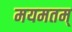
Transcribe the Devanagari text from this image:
मयमतम्